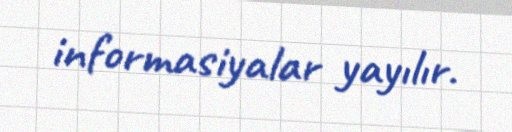
informasiyalar yayılır.